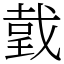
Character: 𢧜